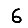
Digit: 6